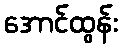
အောင်ထွန်း